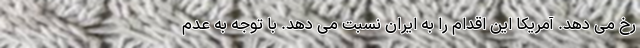
رخ می دهد. آمریکا این اقدام را به ایران نسبت می دهد. با توجه به عدم